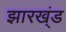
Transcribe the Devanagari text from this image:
झारख्ंड